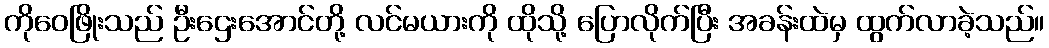
ကိုဝေဖြိုးသည် ဦးဌေးအောင်တို့ လင်မယားကို ထိုသို့ ပြောလိုက်ပြီး အခန်းထဲမှ ထွက်လာခဲ့သည်။